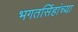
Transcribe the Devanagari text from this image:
भगतसिंहांच्या